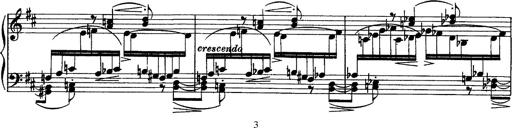
Title: Piano Sonata
Composer: Karl HÃ¤ssler
Key: C major